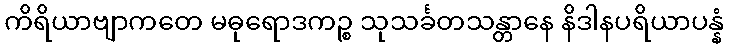
ကိရိယာဗျာကတေ မဓုရောဒကဉ္စ သုသင်္ခတသန္တာနေ နိဒါနပရိယာပန္နံ